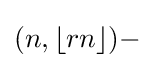
(n,\lfloor rn\rfloor )-